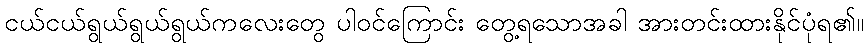
ငယ်ငယ်ရွယ်ရွယ်ရွယ်ကလေးတွေ ပါဝင်ကြောင်း တွေ့ရသောအခါ အားတင်းထားနိုင်ပုံရ၏။